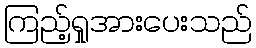
ကြည့်ရှုအားပေးသည်